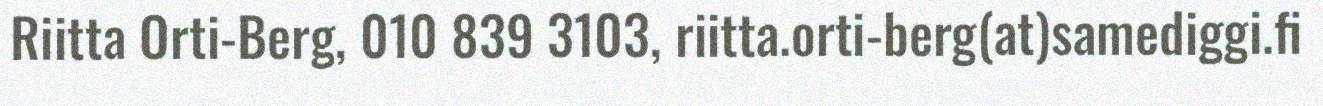
Riitta Orti-Berg, 010 839 3103, riitta.orti-berg(at)samediggi.fi